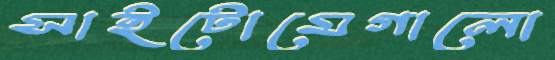
সাইটোমেগালো